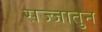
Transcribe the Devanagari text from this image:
सज्जातुन